Annual administration report of the Civil Veterinary Department of India - 1894-1895
Year: 1894
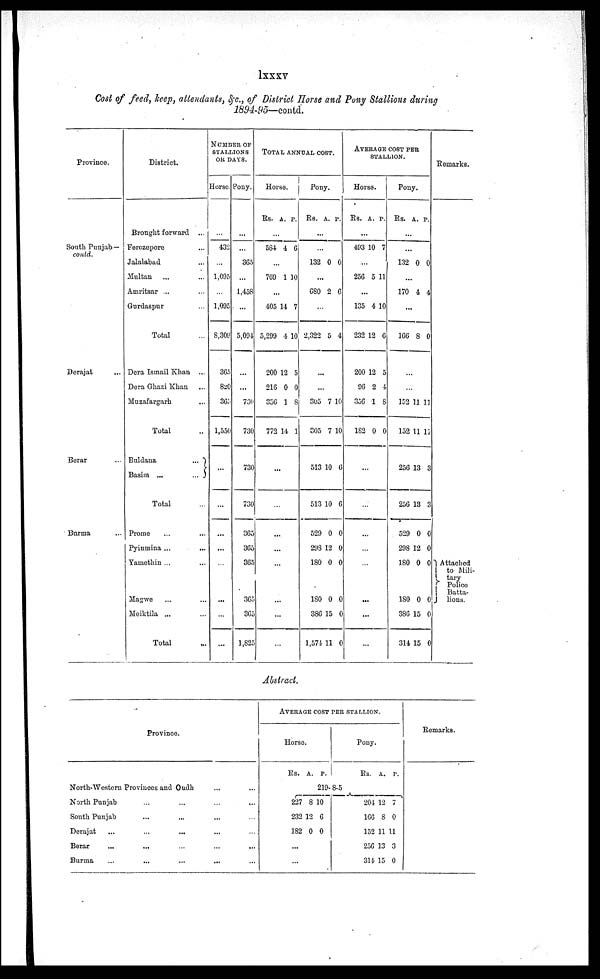
lxxxv
Cost of feed, keep, attendants, &c., of District Horse and Pony Stallions during
1894-95—contd.
Province.
South Punjab—
contd.
Derajat ...
Berar ...
Burma ...
District.
Brought forward ...
Ferozopore ...
Jalalabad ...
Multan ... ...
Amritsar ... ...
Gurdaspur ...
Total ...
Dera Ismail Khan ...
Dera Ghazi Khan ...
Muzafargarh ...
Total ...
Buldana
...
Basim ...
...
Total ...
Prome ... ...
Pyinmina ... ...
Yamethin ... ...
Magwe ... ...
Meiktila ... ...
Total ...
NUMBER OF
STALLIONS
OR DAYS.
Horse.
...
432
...
1,095
...
1,095
8,309
365
820
365
1,550
...
...
...
...
...
...
...
...
Pony.
...
...
365
...
1,458
...
5,094
...
...
730
730
730
730
365
365
365
365
365
1,825
TOTAL ANNUAL COST.
Horse.
Rs. A. P.
...
584 4 6
...
769 1 10
...
405
5,299
200
216
356
772
14
4
12
0
1
14
7
10
5
0
8
1
...
...
...
...
...
...
...
...
Pony.
Rs. A. P.
...
...
132 0 0
...
680 2 6
...
2,322 5 4
...
...
305
305
513
513
529
298
180
180
386
1,574
7
7
10
10
0
12
0
0
15
11
10
10
6
6
0
0
0
0
0
0
AVERAGE COST PER
STALLION.
Horse.
Rs. A. P.
...
493 10 7
...
256 5 11
...
135
232
200
96
356
182
4
12
12
2
1
0
10
6
5
4
8
0
...
...
...
...
...
...
...
...
Pony.
Rs. A. P.
...
...
132 0 0
...
170 4 4
...
166 8 0
...
...
152
152
256
256
529
298
180
180
386
314
11
11
13
13
0
12
0
0
15
15
11
11
3
3
0
0
0
0
0
0
Remarks.
Attached
to
Mili¬
tary
Police Batta¬
lions.
Abstract.
Province.
North-Western Provinces and Oudh .. ..
North Punjab .. .. .. ..
South Punjab .. .. .. ..
Derajat .. .. .. .. .. ..
Berar .. .. .. .. .. .. ..
Burma .. .. .. .. .. .. ..
AVERAGE COST PER STALLION.
Horse.
Rs. A. P.
Pony.
Rs. A. P.
219- 8-5
227
232
182
8
12
0
10
6
0
...
...
204
166
152
256
314
12
8
11
13
15
7
0
11
3
0
Remarks.